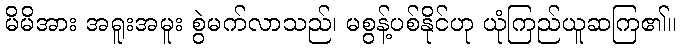
မိမိအား အရူးအမူး စွဲမက်လာသည်၊ မစွန့်ပစ်နိုင်ဟု ယုံကြည်ယူဆကြ၏။